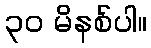
၃၀ မိနစ်ပါ။